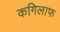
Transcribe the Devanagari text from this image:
कगिलाफ